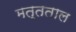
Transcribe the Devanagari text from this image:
मत्तताल